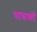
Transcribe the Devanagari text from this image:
पासकों